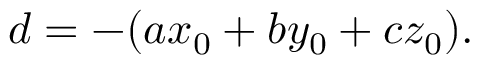
d = - ( a x _ { 0 } + b y _ { 0 } + c z _ { 0 } ) .